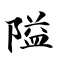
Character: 隘